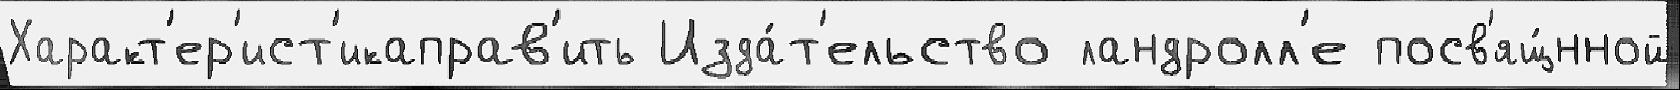
Характ'ер'ист'икаправ'ить Изда́т'ельство ландролл'е посв'ящ́нной